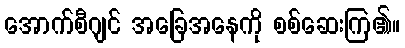
အောက်စီဂျင် အခြေအနေကို စစ်ဆေးကြ၏။